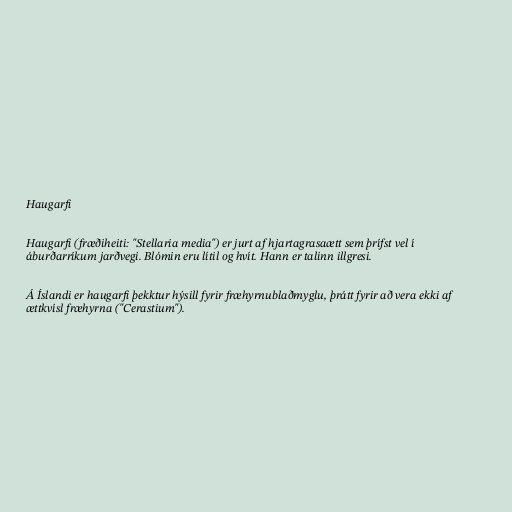
Haugarfi

Haugarfi (fræðiheiti: "Stellaria media") er jurt af hjartagrasaætt sem þrífst vel í
áburðarríkum jarðvegi. Blómin eru lítil og hvít. Hann er talinn illgresi.

Á Íslandi er haugarfi þekktur hýsill fyrir fræhyrnublaðmyglu, þrátt fyrir að vera ekki af
ættkvísl fræhyrna ("Cerastium").